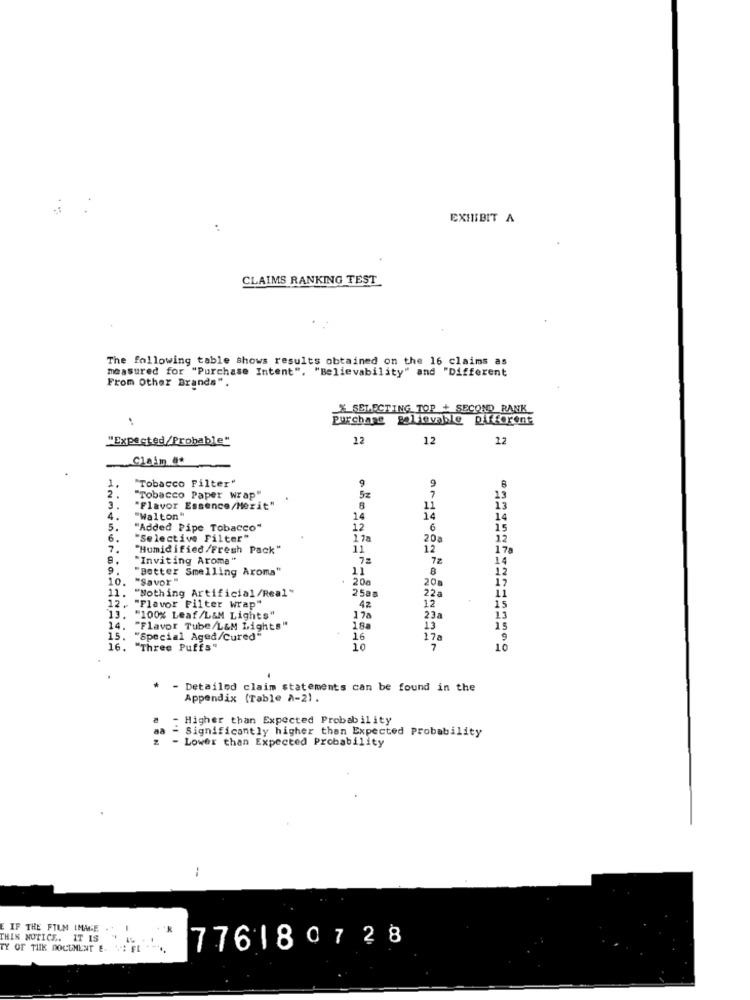
EXHIBIT A
CLAIMS RANKING TEST
The following table shows results obtained on the 16 claims as
measured for "Purchase Intent", "Believability" and "Different
From Other Brands".
% SELECTING TOP + SECOND RANK
purchase polievable Different
"Expected/Probable"
22
12
12
Claim &t
1
"Tobacco Filter"
9
9
8
2.
"Tobacco Paper wrap"
52
7
13
3
"Flavor Essence/Mezit"
8
11
13
4.
"Walton"
14
14
14
5.
"Added Pipe Tobacco"
12
6
15
6.
"Selective Filter"
1 7a
20a
12
7.
"Humidified /Fresh Pack"
11
12
178
"Inviting Aroma"
72
72
14
9
"Better Smelling Aroma"
11
8
12
10.
"Savor "
200
11. "Nothing Artificial/Real"
20a
11
2588
22a
12
12. "Flavor Filter wrap"
4%
15
13. "100% Leaf/L&M Lights"
17a
23a
13
14. "Flavor Tube/L&M Lights"
18a
13
15
15. "Special Aged/Cured"
16
17a
9
16. "Three Puffs"
10
10
- Detailed claim statements can be found in the
Appendix (Table A-2).
Higher than Expected Probability
Significantly higher than Expected Probability
- Lower than Expected Probability
--
E IF THE FILM IMAGE ."
THIS NOTICE. IT IS
776180728
TY OF THE DOCUMENT E. .. E.